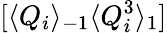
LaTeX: [\langle Q_{i}\rangle_{-1}\langle Q_{i}^{3}\rangle_{1}]